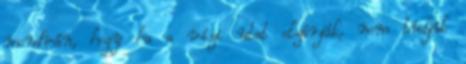
mondván, hogy ha a vízi utat elzárják, nem tudják